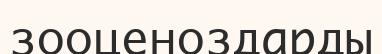
зооценоздарды